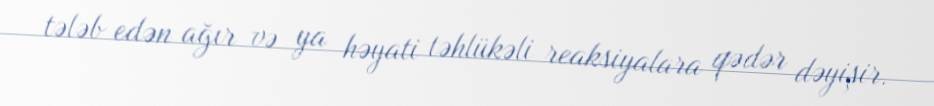
tələb edən ağır və ya həyati təhlükəli reaksiyalara qədər dəyişir.